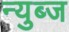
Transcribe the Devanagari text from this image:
न्युब्ज